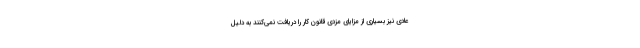
عادی نیز بسیاری از مزایای مزدی قانون کار را دریافت نمی‌کنند به دلیل